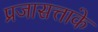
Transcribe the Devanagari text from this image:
प्रजासत्ताके